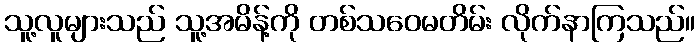
သူ့လူများသည် သူ့အမိန့်ကို တစ်သဝေမတိမ်း လိုက်နာကြသည်။